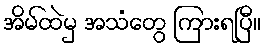
အိမ်ထဲမှ အသံတွေ ကြားရပြီ။